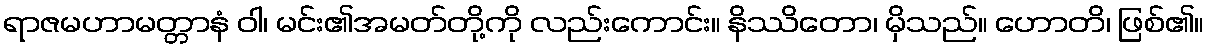
ရာဇမဟာမတ္တာနံ ဝါ၊ မင်း၏အမတ်တို့ကို လည်းကောင်း။ နိဿိတော၊ မှိသည်။ ဟောတိ၊ ဖြစ်၏။